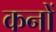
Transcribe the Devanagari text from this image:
कनों